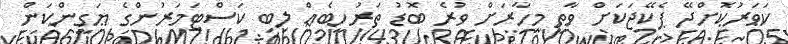
ކަވަރުކޮށްދޭ ޕެކޭޖަކަށް ވާތީ މިހާރަށް ވުރެ ބޮޑު ތަރުހީބެއް ލިބި ކަސްޓަމަރުންގެ ޔަގީންކަން